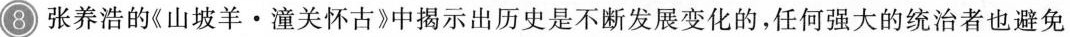
8 张养浩的《山坡羊·潼关怀古》中揭示出历史是不断发展变化的，任何强大的统治者也避免